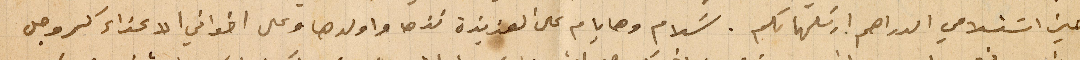
حين استلامي الدراهم ارسَلها لكم. سلام وهايام على العزيزة نزها واولدها وعلى اخواني الاعزاء كروجر